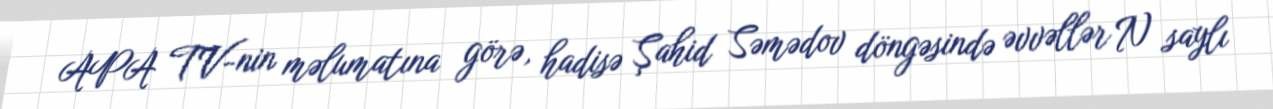
APA TV-nin məlumatına görə, hadisə Şahid Səmədov döngəsində əvvəllər N saylı